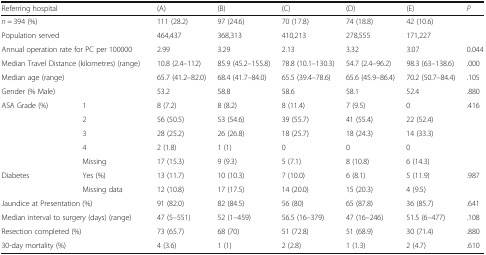
<table><thead><tr><td colspan="2"><b>Referring hospital</b></td><td><b>(A)</b></td><td><b>(B)</b></td><td><b>(C)</b></td><td><b>(D)</b></td><td><b>(E)</b></td><td><b><i>P</i></b></td></tr></thead><tbody><tr><td colspan="2"><i>n</i> = 394 (%)</td><td>111 (28.2)</td><td>97 (24.6)</td><td>70 (17.8)</td><td>74 (18.8)</td><td>42 (10.6)</td><td rowspan="2"></td></tr><tr><td colspan="2">Population served</td><td>464,437</td><td>368,313</td><td>410,213</td><td>278,555</td><td>171,227</td></tr><tr><td colspan="2">Annual operation rate for PC per 100000</td><td>2.99</td><td>3.29</td><td>2.13</td><td>3.32</td><td>3.07</td><td>0.044</td></tr><tr><td colspan="2">Median Travel Distance (kilometres) (range)</td><td>10.8 (2.4–112)</td><td>85.9 (45.2–155.8)</td><td>78.8 (10.1–130.3)</td><td>54.7 (2.4–96.2)</td><td>98.3 (63–138.6)</td><td>.000</td></tr><tr><td colspan="2">Median age (range)</td><td>65.7 (41.2–82.0)</td><td>68.4 (41.7–84.0)</td><td>65.5 (39.4–78.6)</td><td>65.6 (45.9–86.4)</td><td>70.2 (50.7–84.4)</td><td>.105</td></tr><tr><td colspan="2">Gender (% Male)</td><td>53.2</td><td>58.8</td><td>58.6</td><td>58.1</td><td>52.4</td><td>.880</td></tr><tr><td rowspan="5">ASA Grade (%)</td><td>1</td><td>8 (7.2)</td><td>8 (8.2)</td><td>8 (11.4)</td><td>7 (9.5)</td><td>0</td><td rowspan="5">.416</td></tr><tr><td>2</td><td>56 (50.5)</td><td>53 (54.6)</td><td>39 (55.7)</td><td>41 (55.4)</td><td>22 (52.4)</td></tr><tr><td>3</td><td>28 (25.2)</td><td>26 (26.8)</td><td>18 (25.7)</td><td>18 (24.3)</td><td>14 (33.3)</td></tr><tr><td>4</td><td>2 (1.8)</td><td>1 (1)</td><td>0</td><td>0</td><td>0</td></tr><tr><td>Missing</td><td>17 (15.3)</td><td>9 (9.3)</td><td>5 (7.1)</td><td>8 (10.8)</td><td>6 (14.3)</td></tr><tr><td rowspan="2">Diabetes</td><td>Yes (%)</td><td>13 (11.7)</td><td>10 (10.3)</td><td>7 (10.0)</td><td>6 (8.1)</td><td>5 (11.9)</td><td rowspan="2">.987</td></tr><tr><td>Missing data</td><td>12 (10.8)</td><td>17 (17.5)</td><td>14 (20.0)</td><td>15 (20.3)</td><td>4 (9.5)</td></tr><tr><td colspan="2">Jaundice at Presentation (%)</td><td>91 (82.0)</td><td>82 (84.5)</td><td>56 (80)</td><td>65 (87.8)</td><td>36 (85.7)</td><td>.641</td></tr><tr><td colspan="2">Median interval to surgery (days) (range)</td><td>47 (5–551)</td><td>52 (1–459)</td><td>56.5 (16–379)</td><td>47 (16–246)</td><td>51.5 (6–477)</td><td>.108</td></tr><tr><td colspan="2">Resection completed (%)</td><td>73 (65.7)</td><td>68 (70)</td><td>51 (72.8)</td><td>51 (68.9)</td><td>30 (71.4)</td><td>.880</td></tr><tr><td colspan="2">30-day mortality (%)</td><td>4 (3.6)</td><td>1 (1)</td><td>2 (2.8)</td><td>1 (1.3)</td><td>2 (4.7)</td><td>.610</td></tr></tbody></table>